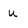
Character: u